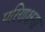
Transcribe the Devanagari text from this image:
परिणक्षण